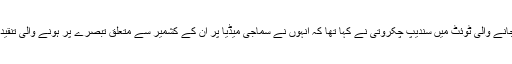
بدھ کو کی جانے والی ٹوئٹ میں سندیپ چکروتی نے کہا تھا کہ انہوں نے سماجی میڈیا پر ان کے کشمیر سے متعلق تبصرے پر ہونے والی تنقید دیکھی ہے۔